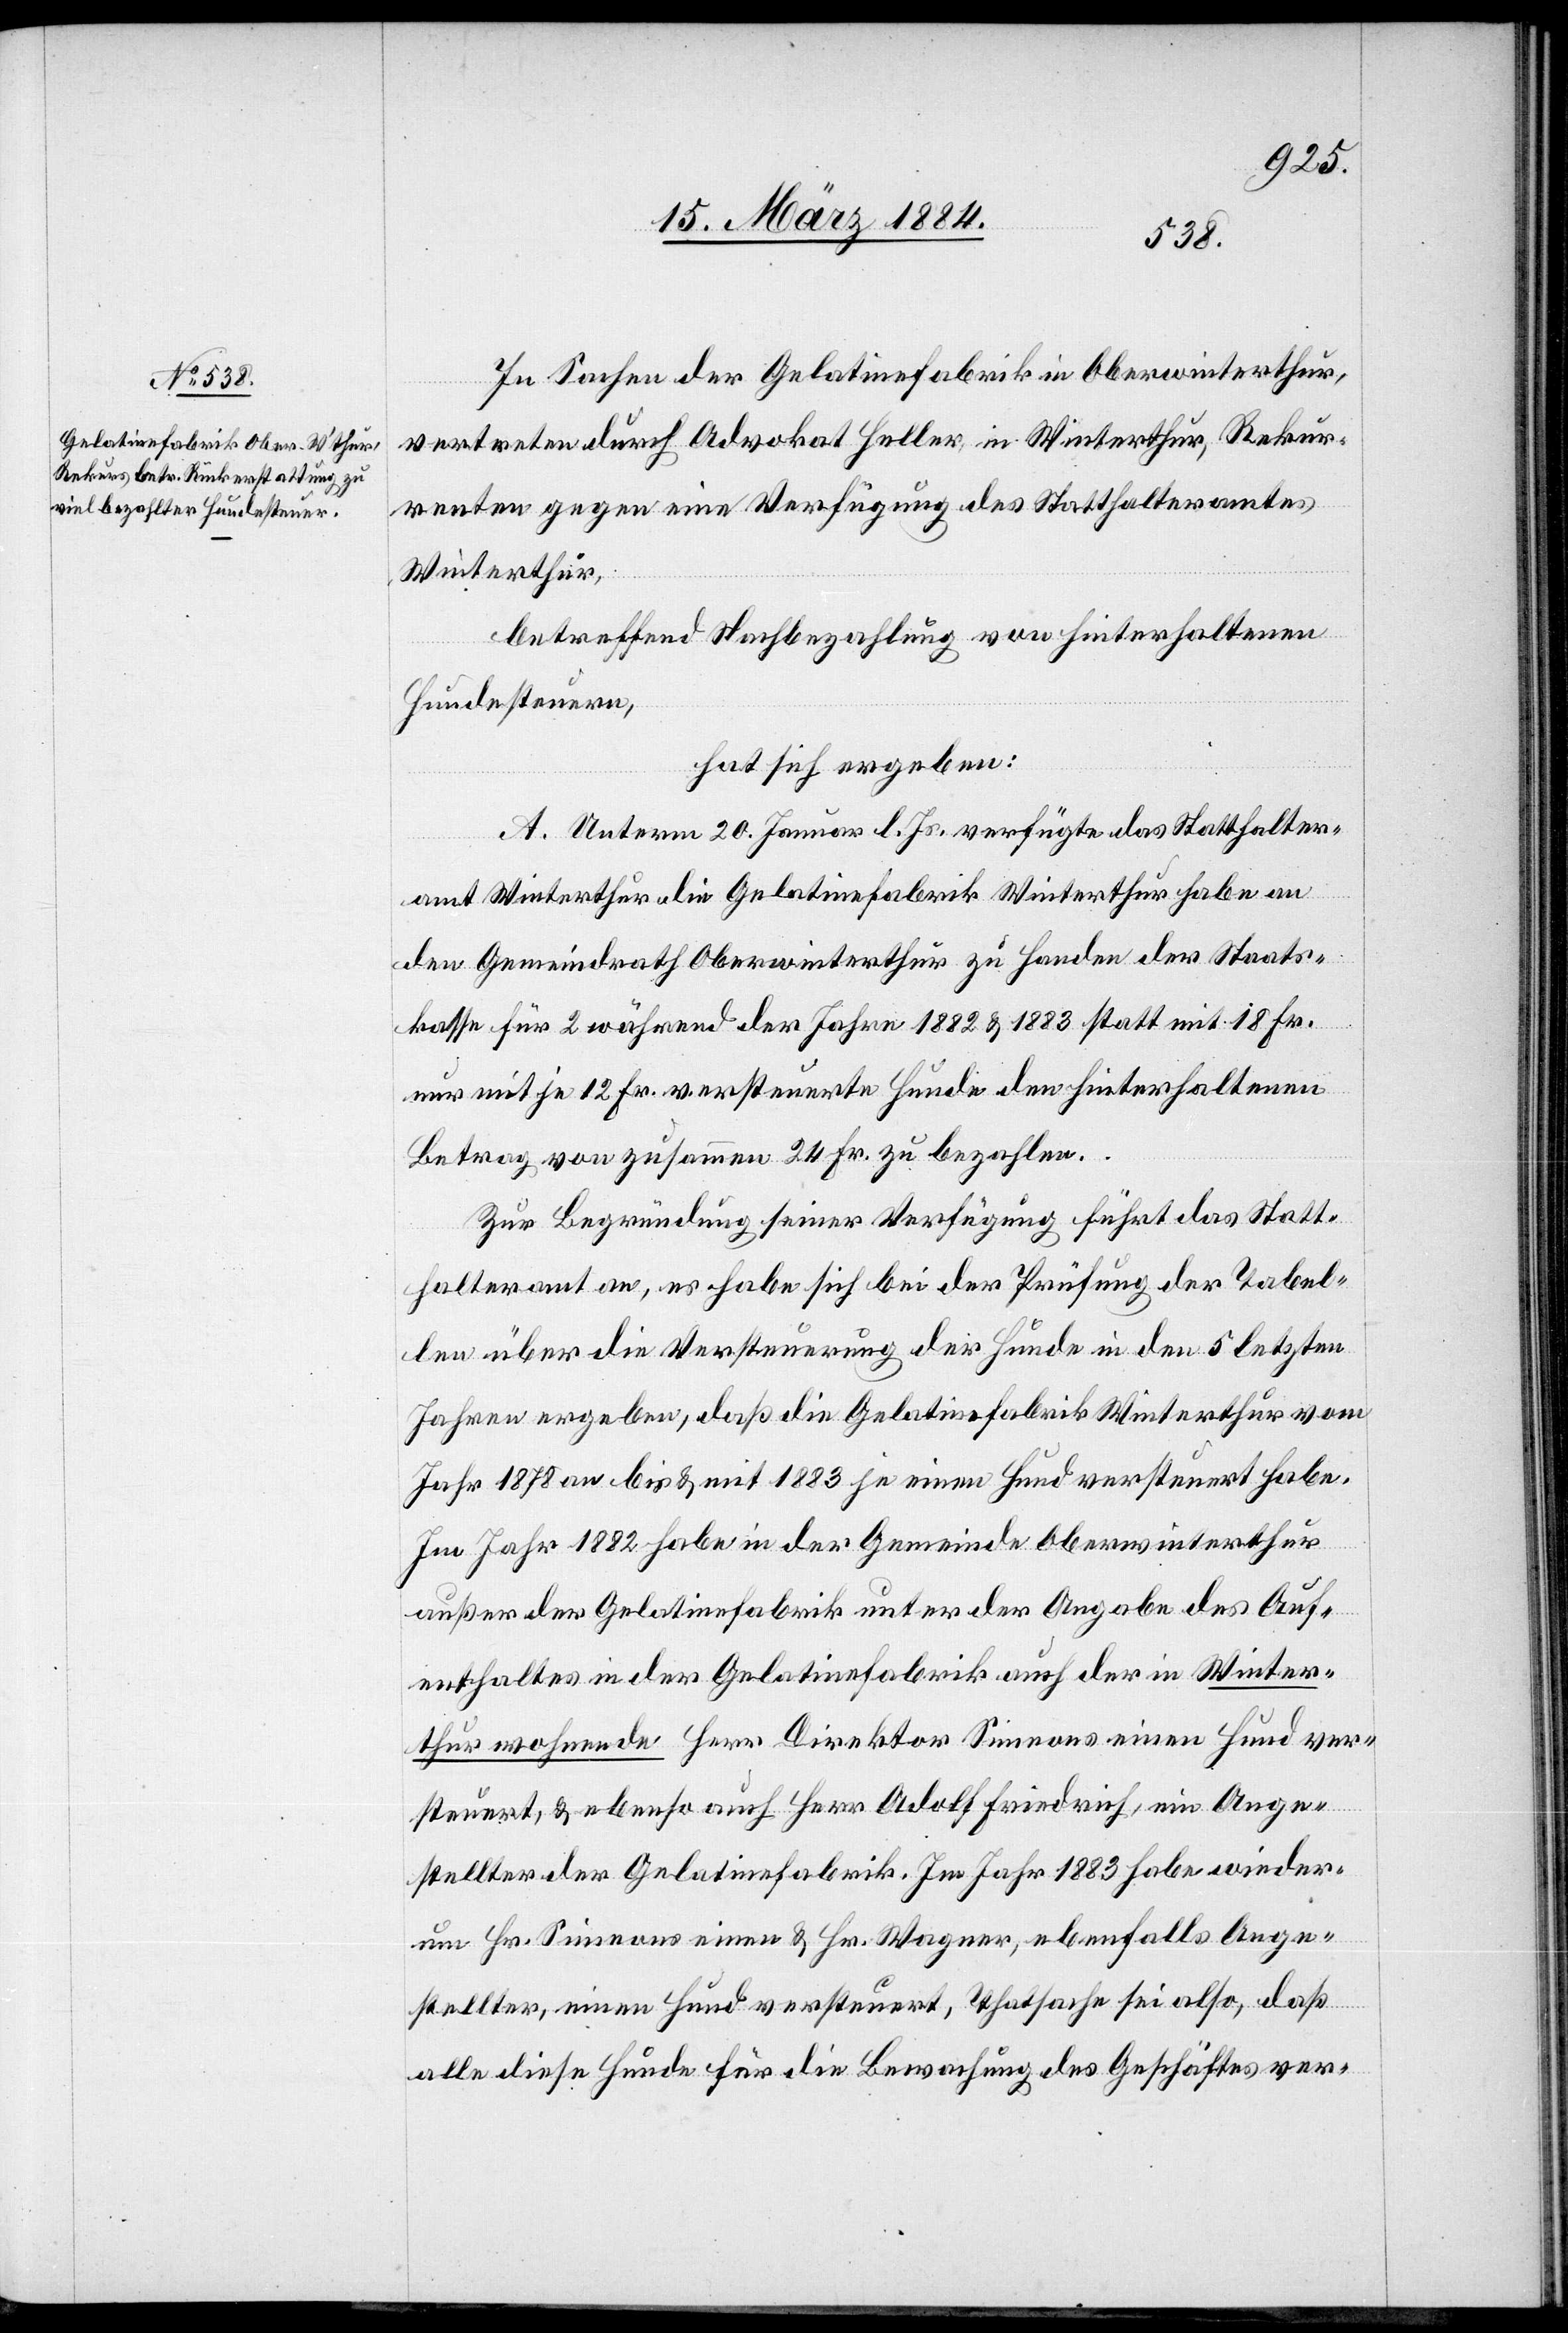
In Sachen der Gelatinefabrik in Oberwinterthur,
vertreten durch Advokat Heller, in Winterthur, Rekur¬
renten gegen eine Verfügung des Statthalteramtes
Winterthur,
betreffend Nachbezahlung von hinterhaltenen
Hundesteuern,
hat sich ergeben:
A. Unterm 20. Januar l. Js. verfügte das Statthalter¬
amt Winterthur die Gelatinefabrik Winterthur habe an
den Gemeindrath Oberwinterthur zu Handen der Staats¬
kasse für 2 während der Jahre 1882 & 1883 statt mit 18 Fr.
nur mit je 12 Fr. versteuerte Hunde den hinterhaltenen
Betrag von zusammen 24 Fr. zu bezahlen.
Zur Begründung seiner Verfügung führt das Statt¬
halteramt an, es habe sich bei der Prüfung der Tabel¬
len über die Versteuerung der Hunde in den 5 letzten
Jahren ergeben, daß die Gelatinefabrik Winterthur vom
Jahr 1878 an bis & mit 1883 je einem Hund versteuert habe.
Im Jahr 1882 habe in der Gemeinde Oberwinterthur
außer der Gelatinefabrik unter der Angabe des Auf¬
enthaltes in der Gelatinefabrik auch der in Winter¬
thur wohnende Herr Direktor Simeons einen Hund ver¬
steuert & ebenso auch Herr Adolf Friedrich, ein Ange¬
stellter der Gelatinefabrik. Im Jahr 1883 habe wieder¬
um Hr. Simeons einen & Hr. Wagner, ebenfalls Ange¬
stellter, einen Hund versteuert, Thatsache sei also, daß
alle diese Hunde für die Bewachung des Geschäftes ver-